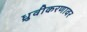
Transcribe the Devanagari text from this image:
ध्रुवीकरणावर